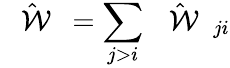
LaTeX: \hat{\mathrm{~{~\cal~W~}~}}=\sum_{j>i}\hat{\mathrm{~{~\cal~W~}~}}_{ji}